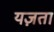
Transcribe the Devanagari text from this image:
यज़ता